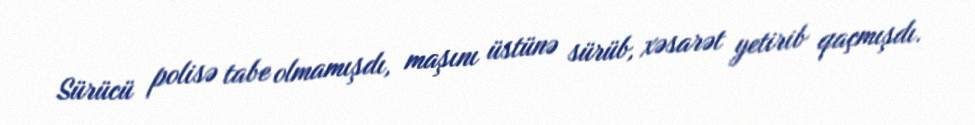
Sürücü polisə tabe olmamışdı, maşını üstünə sürüb, xəsarət yetirib qaçmışdı.